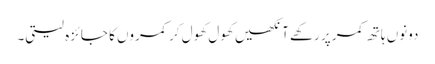
دونوں ہاتھ کمر پر رکھے آنکھیں کھول کھول کر کمروں کا جائزہ لیتی۔